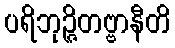
ပရိဘုဉ္ဇိတဗ္ဗာနီတိ